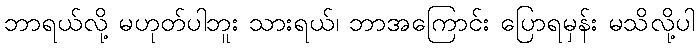
ဘာရယ်လို့ မဟုတ်ပါဘူး သားရယ်၊ ဘာအကြောင်း ပြောရမှန်း မသိလို့ပါ